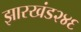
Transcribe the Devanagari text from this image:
झारखंड२४६